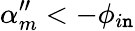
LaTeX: \alpha_{m}^{\prime\prime}<-\phi_{i\mathtt{n}}